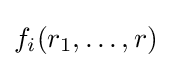
f_{i}(r_{1},\dots ,r)